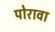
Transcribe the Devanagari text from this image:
पोरावा